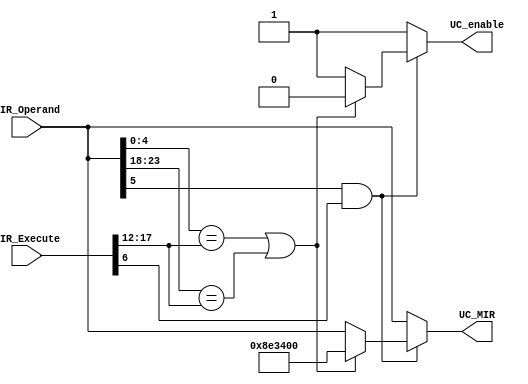
module UCregisters 
    (   input [32:0] MIR_Operand,
		  input [32:0] MIR_Execute,
		  output reg [32:0]	UC_MIR,
        output reg UC_enable); 


//In case the instruction in execute stage writes over a register, analize conflicts. 
always@ (MIR_Operand[7] or MIR_Execute[8] or MIR_Operand[5] or MIR_Execute[6]) 
    begin 
        if(MIR_Execute[8] && MIR_Operand[7])  //Si leo y escribo un registro, me fijo si es el mismo    
        begin
                    if((MIR_Operand[4:0] == MIR_Execute[17:12]) || (MIR_Operand[23:18] == MIR_Execute[17:12]))
							begin 
								UC_enable <= 0;
								UC_MIR	<= 33'b000000000100011100011010000000000;
							end 
							
                    else
							begin
								UC_enable <= 1;
								UC_MIR <=	MIR_Operand;
							end
			end
		  if(MIR_Operand[5] && MIR_Execute[6])     //Si leo y escribo WR, me fijo si es el mismo  
			begin
			  if((MIR_Operand[4:0] == MIR_Execute[17:12]) || (MIR_Operand[23:18] == MIR_Execute[17:12]))
				begin 
					UC_enable <= 0;
					UC_MIR	<= 33'b000000000100011100011010000000000;
				end 
				
			  else
				begin
					UC_enable <= 1;
					UC_MIR <=	MIR_Operand;
				end
			end
				
			//Sino esta todo bien
			else
				begin
					UC_enable <= 1;
					UC_MIR <=	MIR_Operand;
				end
    end 
endmodule